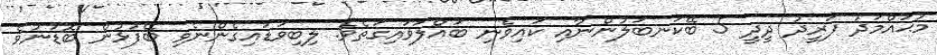
މުޙައްމަދު ފަރީދު ދީދީ 5 ބޭކަނބަލުންނާއި ކައިވެނި ބައްލަވައިގަތެވެ. ލިބިވަޑައިގެންނެވި ބޭފުޅުން ބޮޑުނުވެ